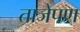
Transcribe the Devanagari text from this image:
ताजेपण